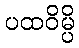
ပထဝိမ္ပိ